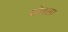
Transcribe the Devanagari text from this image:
सोबला